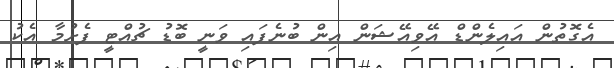
އެގޮތުން އައިލެންޑް އޭވިއޭޝަން އިން ބުނެފައި ވަނީ ބޮޑު ޗުއްޓީ ފެށުމާ އެކު